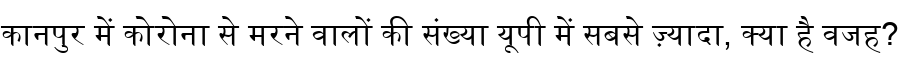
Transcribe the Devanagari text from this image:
कानपुर में कोरोना से मरने वालों की संख्या यूपी में सबसे ज़्यादा, क्या है वजह?